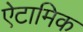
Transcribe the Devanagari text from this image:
ऐटामिक